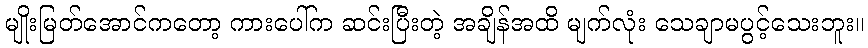
မျိုးမြတ်အောင်ကတော့ ကားပေါ်က ဆင်းပြီးတဲ့ အချိန်အထိ မျက်လုံး သေချာမပွင့်သေးဘူး။